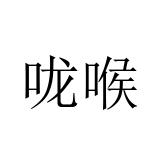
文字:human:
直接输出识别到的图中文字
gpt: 咙喉